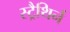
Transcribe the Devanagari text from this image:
स्ट्रैथिर्न